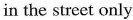
in the street only